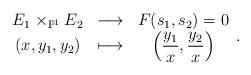
LaTeX: \begin{align*}\begin{array}{ccc} E_1\times_{\mathbb{P}^1}E_2 & \longrightarrow & F(s_1,s_2)=0 \\ (x,y_1,y_2) & \longmapsto & \displaystyle\left(\frac{y_1}{x},\frac{y_2}{x}\right)\end{array}.\end{align*}